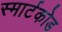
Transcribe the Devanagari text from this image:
स्मार्टकोड